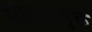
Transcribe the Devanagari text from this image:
संघटकयुक्त